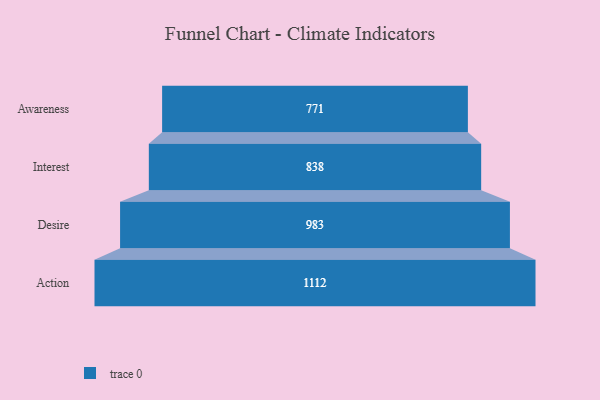
{"axis": {"x": "Stage", "y": "Value"}, "legend": [""], "data": [{"x": "Awareness", "y": 771.0, "type": ""}, {"x": "Interest", "y": 838.0, "type": ""}, {"x": "Desire", "y": 983.0, "type": ""}, {"x": "Action", "y": 1112.0, "type": ""}]}